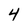
Character: 4